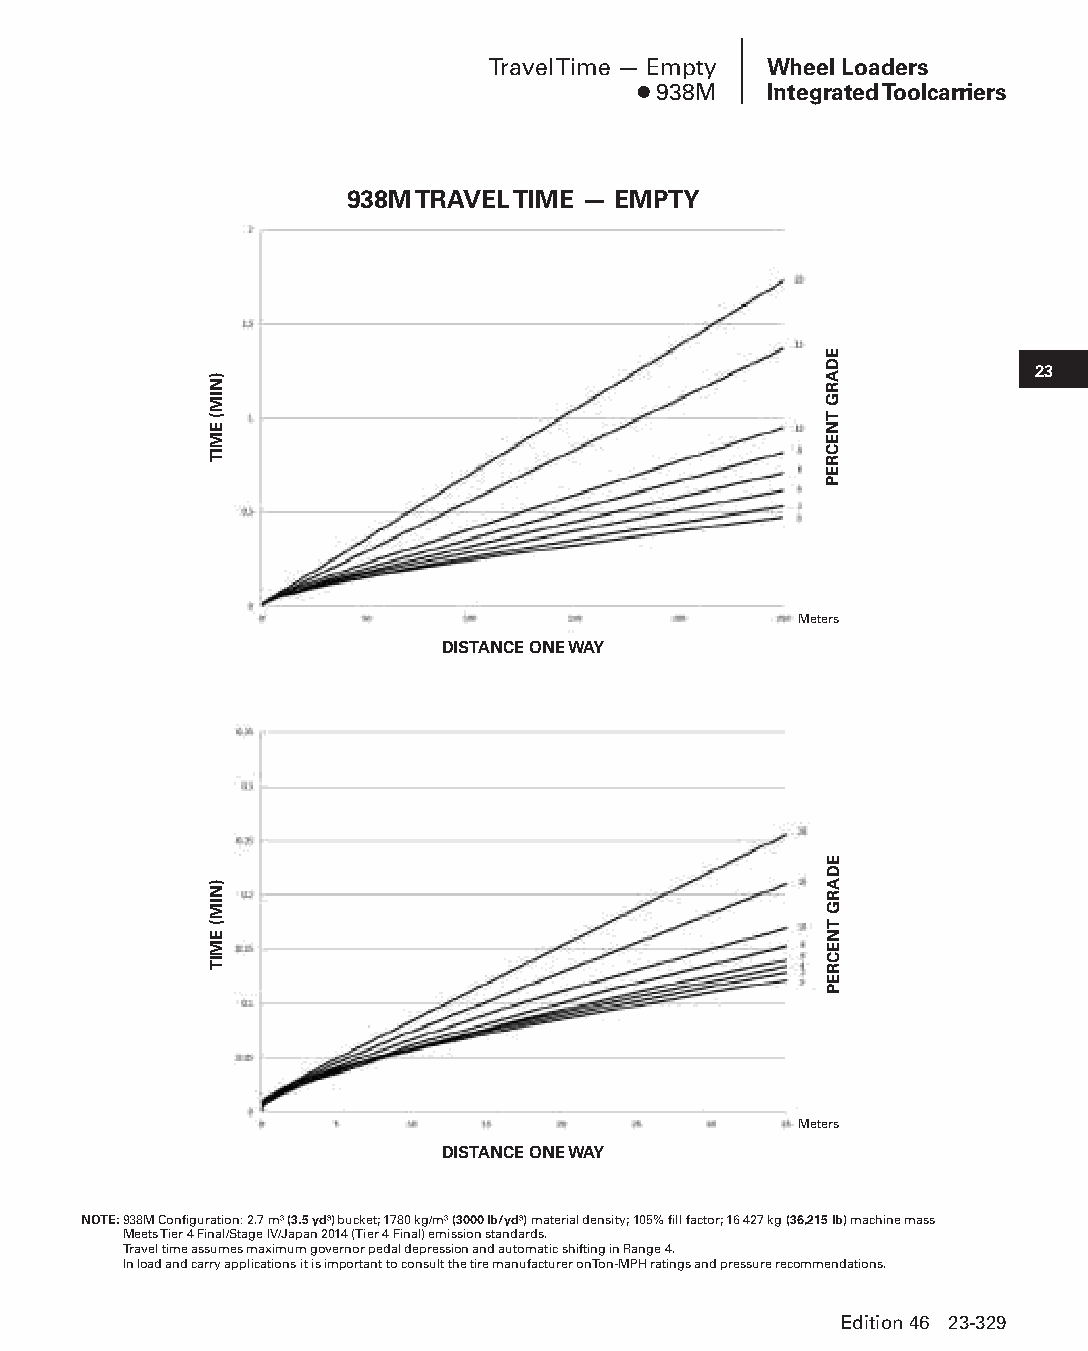
Travel Time — Empty Wheel Loaders
 ● 938M  Integrated Toolcarriers
 938M TRAVEL TIME — EMPTY
 23
 Meters
 DISTANCE ONE WAY
 Meters
 DISTANCE ONE WAY
 NOTE: 938M Configuration: 2.7 m3 (3.5 yd3) bucket; 1780 kg/m3 (3000 lb/yd3) material density; 105% fill factor; 16 427 kg (36,215 lb) machine mass
 Meets Tier 4 Final/Stage IV/Japan 2014 (Tier 4 Final) emission standards.
 Travel time assumes maximum governor pedal depression and automatic shifting in Range 4.
 In load and carry applications it is important to consult the tire manufacturer on Ton-MPH ratings and pressure recommendations.
 Edition 46 23-329
 PPHHBB--SSeecc2233((ppgg332255--338800))..iinndddd 332299      1122//44//1155 1111::1133 AAMM
 )NIM(
 EMIT
 )NIM(
 EMIT
 EDARG
 TNECREP
 EDARG
 TNECREP